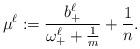
LaTeX: \begin{align*}\mu^{\ell}:=\frac{b^{\ell}_+}{\omega^{\ell}_+ + \frac{1}{m}}+ \frac{1}{n}.\end{align*}